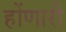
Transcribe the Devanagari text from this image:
होंणारी